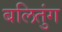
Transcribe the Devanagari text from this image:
बलितुंग